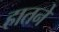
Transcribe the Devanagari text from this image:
हातने